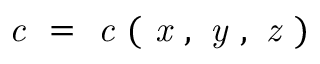
\textit { c } = \textit { c } ( \textit { x } , \textit { y } , \textit { z } )